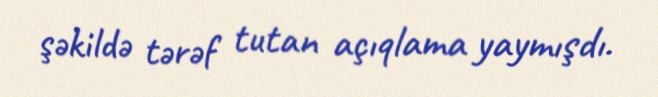
şəkildə tərəf tutan açıqlama yaymışdı.